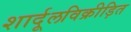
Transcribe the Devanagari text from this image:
शार्दूलविक्रीड़ित